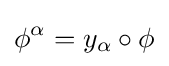
\phi ^{\alpha }=y_{\alpha }\circ \phi